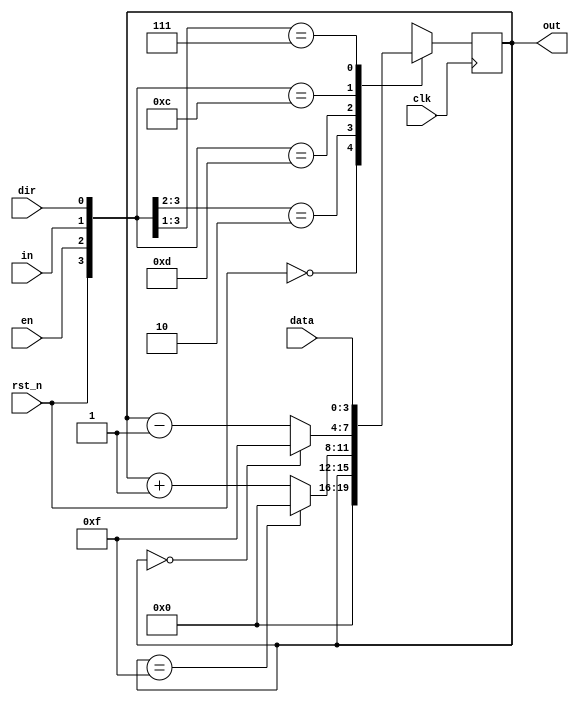
module lab2_1(clk,rst_n,en,dir,in,data,out);
    input clk,rst_n,en,dir,in;
    input [3:0] data;
    output [3:0] out;
    reg [3:0] out;
    always@(posedge clk)
        begin
            casex({rst_n,en,in,dir})
                4'b0xxx: out={4{1'b0}};
                4'b10xx: out=out;
                4'b1101: out=(out==4'b1111)?4'b0000:out+1'b1;
                4'b1100: out=(out==4'b0000)?4'b1111:out-1'b1;
                4'b111x: out=data;
            endcase
        end
endmodule